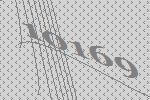
10169